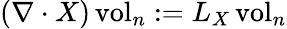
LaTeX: (\nabla\cdot X)\operatorname{vol}_{n}:=L_{X}\operatorname{vol}_{n}